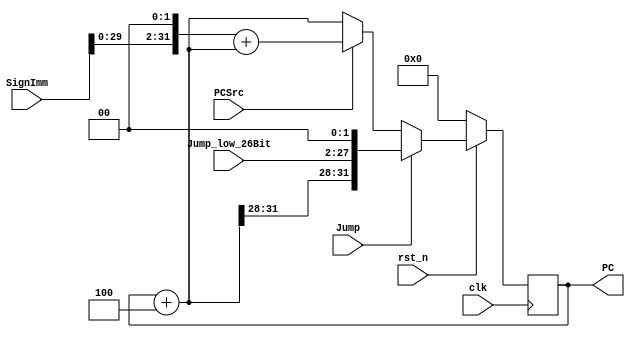
/*

	File name    : 
	LastEditors  : H
	LastEditTime : 2021-10-28 21:36:58
	Last Version : 1.0
	Description  : 
	
	----------------------------------------------------------------------------------------
	
	Author       : H
	Date         : 2021-10-28 21:36:57
	FilePath     : \MIPS_Single\PC_Counter.v
	Copyright 2021 H, All Rights Reserved. 

*/
module PC_Counter(
    // System Clock
    input        clk,
    input        rst_n,

    // User Interface
    input                   PCSrc,
    input                   Jump,
    input           [31:0]  SignImm,
    input           [25:0]  Jump_low_26Bit,
    output   reg    [31:0]  PC
);
    wire            [31:0] PC_Next;
    wire            [31:0] PCPlus4;
    wire            [31:0] PCBranch;
    wire            [31:0] PCJump;


    assign PCPlus4  = PC + 32'd4;
    assign PCBranch = (SignImm << 2) + PCPlus4;
    assign PCJump   = {{PCPlus4[31:28]},{Jump_low_26Bit},2'b00}; 
    assign PC_Next  = Jump ? PCJump : (PCSrc ? PCBranch : PCPlus4);



    always @(posedge clk) begin
        if(~rst_n)begin
            PC <= 32'b0;
        end
        else 
            PC <= PC_Next;
    end

endmodule